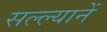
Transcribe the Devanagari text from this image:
सल्ल्यानें